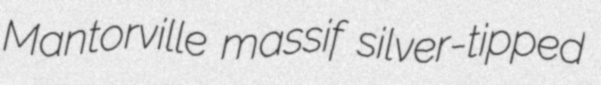
Mantorville massif silver-tipped